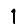
Digit: 1